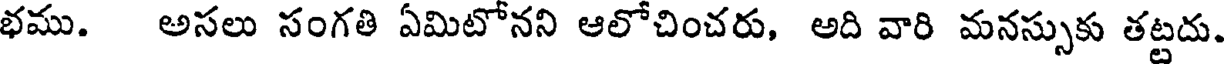
భము. అసలు సంగతి ఏమిటోనని ఆలోచించరు, అది వారి మనస్సుకు తట్టదు.